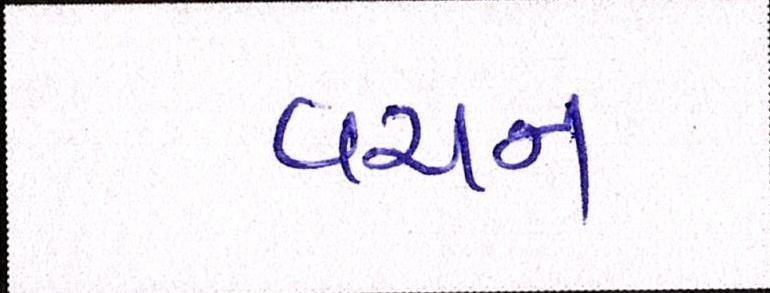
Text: વચન